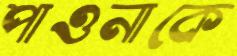
পাওনাকে